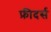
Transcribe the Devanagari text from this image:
फ़ीदर्स